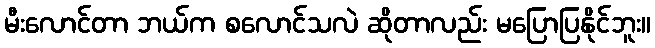
မီးလောင်တာ ဘယ်က စလောင်သလဲ ဆိုတာလည်း မပြောပြနိုင်ဘူး။